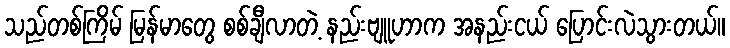
သည်တစ်ကြိမ် မြန်မာတွေ စစ်ချီလာတဲ့ နည်းဗျူဟာက အနည်းငယ် ပြောင်းလဲသွားတယ်။